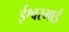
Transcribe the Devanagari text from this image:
ईश्वरभाई